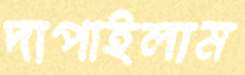
দাপাইলাম